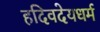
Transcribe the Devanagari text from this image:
हदिवदेयधर्म